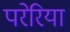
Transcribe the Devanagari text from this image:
परेरिया